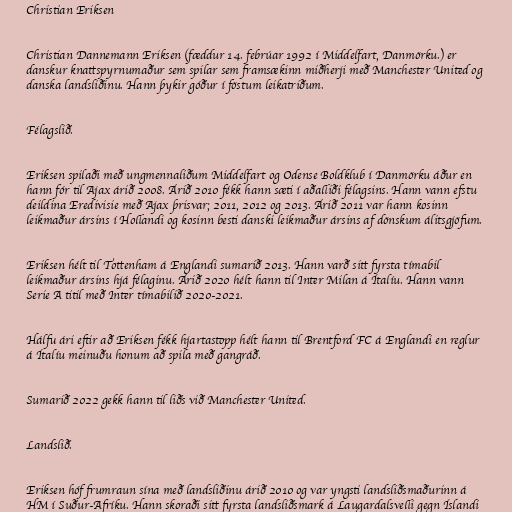
Christian Eriksen

Christian Dannemann Eriksen (fæddur 14. febrúar 1992 í Middelfart, Danmörku.) er
danskur knattspyrnumaður sem spilar sem framsækinn miðherji með Manchester United og
danska landsliðinu. Hann þykir góður í föstum leikatriðum.

Félagslið.

Eriksen spilaði með ungmennaliðum Middelfart og Odense Boldklub í Danmörku áður en
hann fór til Ajax árið 2008. Árið 2010 fékk hann sæti í aðalliði félagsins. Hann vann efstu
deildina Eredivisie með Ajax þrisvar; 2011, 2012 og 2013. Árið 2011 var hann kosinn
leikmaður ársins í Hollandi og kosinn besti danski leikmaður ársins af dönskum álitsgjöfum.

Eriksen hélt til Tottenham á Englandi sumarið 2013. Hann varð sitt fyrsta tímabil
leikmaður ársins hjá félaginu. Árið 2020 hélt hann til Inter Milan á Ítalíu. Hann vann
Serie A titil með Inter tímabilið 2020-2021.

Hálfu ári eftir að Eriksen fékk hjartastopp hélt hann til Brentford FC á Englandi en reglur
á Ítalíu meinuðu honum að spila með gangráð.

Sumarið 2022 gekk hann til liðs við Manchester United.

Landslið.

Eriksen hóf frumraun sína með landsliðinu árið 2010 og var yngsti landsliðsmaðurinn á
HM í Suður-Afríku. Hann skoraði sitt fyrsta landsliðsmark á Laugardalsvelli gegn Íslandi